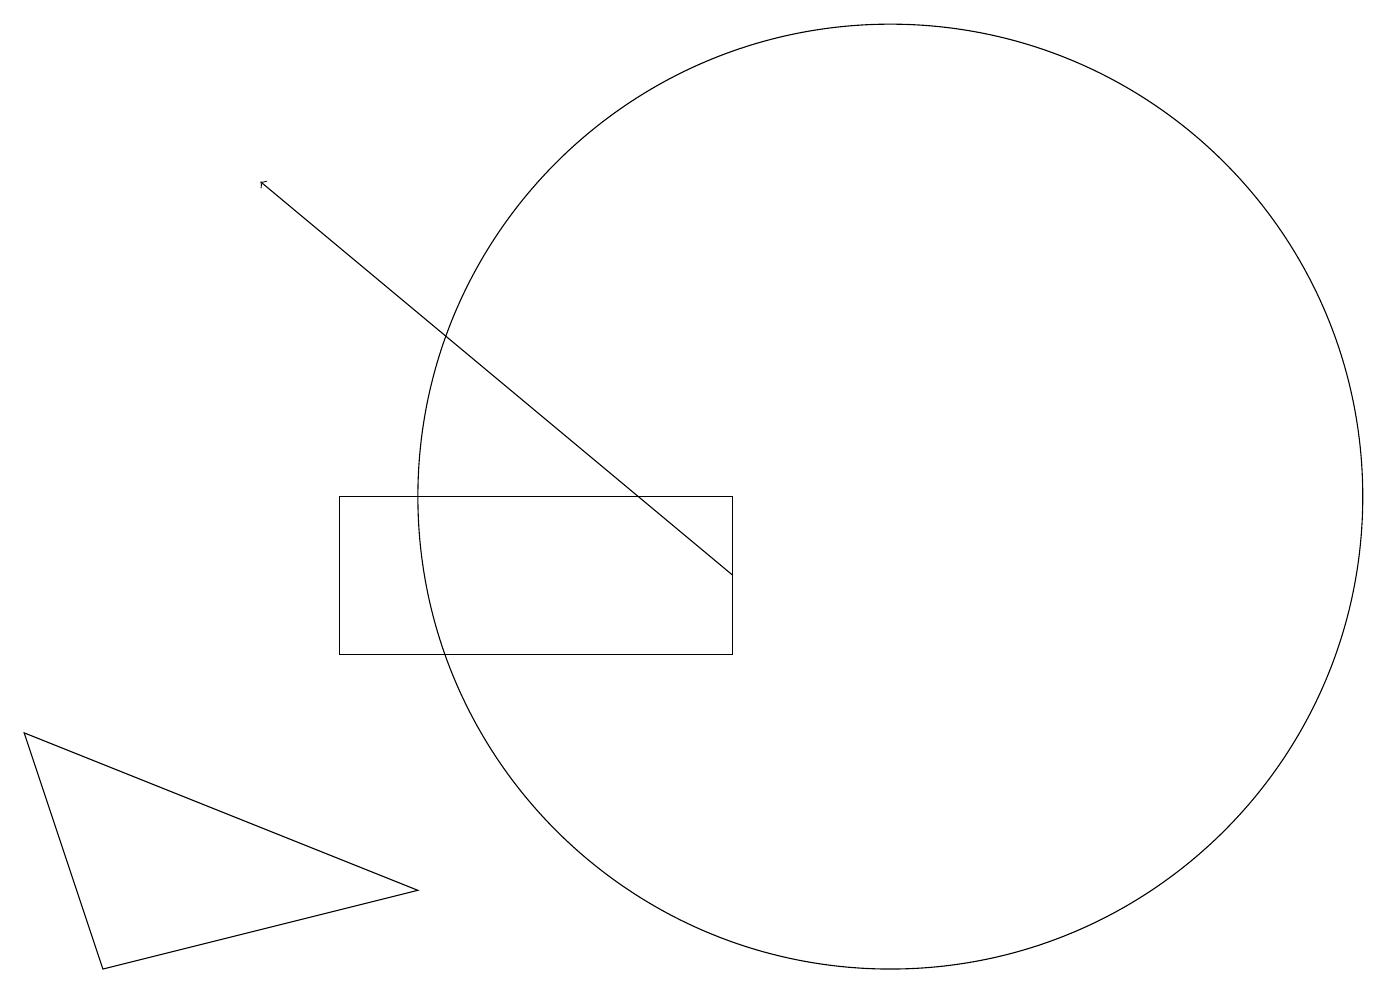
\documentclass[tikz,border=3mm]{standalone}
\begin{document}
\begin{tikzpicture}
\draw[->] (9,11) -- (3,16);
\draw (0,9) -- (5,7) -- (1,6) -- cycle;
\draw (4,10) rectangle (9,12);
\draw (11,12) circle (6);
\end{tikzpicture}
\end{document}